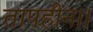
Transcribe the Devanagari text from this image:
तापहीन।।